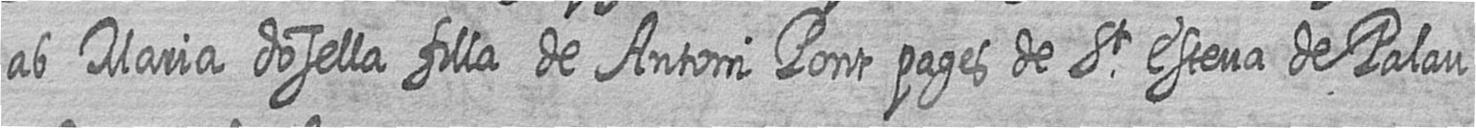
ab Maria dosella filla de Antoni Pont pages de St Esteva de Palau